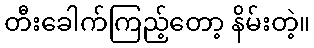
တီးခေါက်ကြည့်တော့ နိမ်းတဲ့။